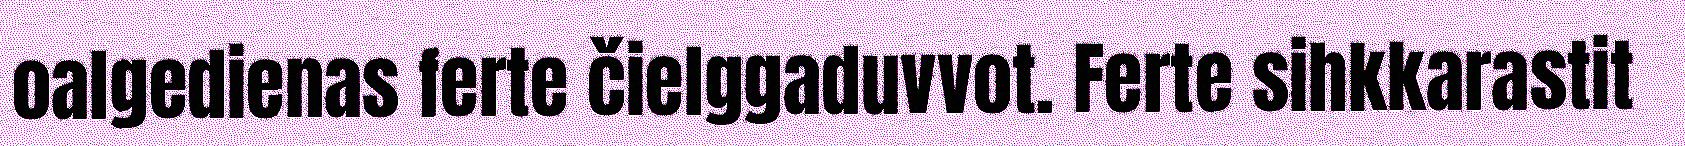
oalgedienas ferte čielggaduvvot. Ferte sihkkarastit